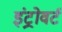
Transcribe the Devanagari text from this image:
इंट्रोवर्ट